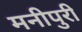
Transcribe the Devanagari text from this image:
मनीपुरी